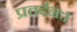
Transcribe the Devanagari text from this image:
प्रतर्दनः।